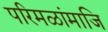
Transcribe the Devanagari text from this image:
परिमळांमाजि